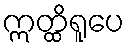
ဣတ္ထိရူပေ